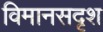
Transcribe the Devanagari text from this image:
विमानसदृश